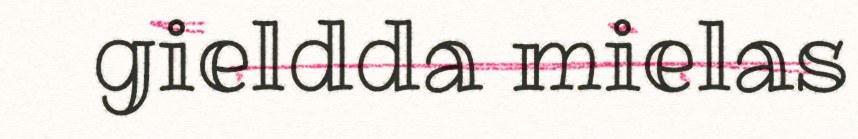
gieldda mielas